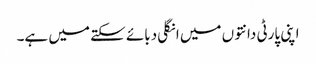
اپنی پارٹی دانتوں میں انگلی دبائے سکتے میں ہے۔